Report of the Indian Hemp Drugs Commission, 1894-1895 - Volume I
Year: 1894
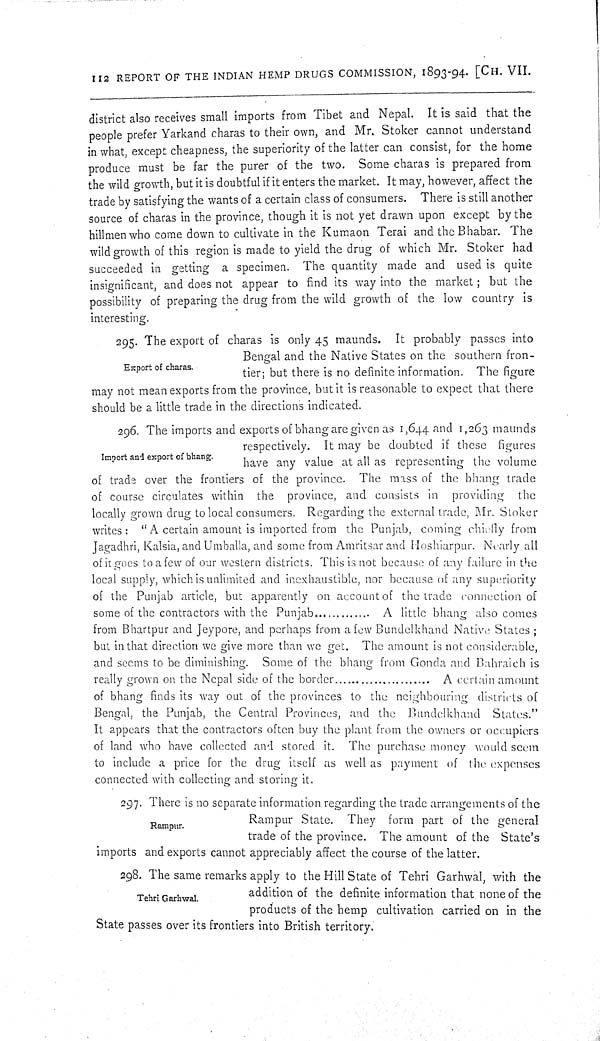
112 REPORT OF THE INDIAN HEMP DRUGS COMMISSION, 1893-94. [CH. VII.
district also receives small imports from Tibet and Nepal. It is said that the
people prefer Yarkand charas to their own, and Mr. Stoker cannot understand
in what, except cheapness, the superiority of the latter can consist, for the home
produce must be far the purer of the two. Some charas is prepared from
the wild growth, but it is doubtful if it enters the market. It may, however, affect the
trade by satisfying the wants of a certain class of consumers. There is still another
source of charas in the province, though it is not yet drawn upon except by the
hillmen who come down to cultivate in the Kumaon Terai and the Bhabar. The
wild growth of this region is made to yield the drug of which Mr. Stoker had
succeeded in getting a specimen. The quantity made and used is quite
insignificant, and does not appear to find its way into the market; but the
possibility of preparing the drug from the wild growth of the low country is
interesting.
Export of charas.
295. The export of charas is only 45 maunds. It probably passes into
Bengal and the Native States on the southern fron-
tier; but there is no definite information. The figure
may not mean exports from the province, but it is reasonable to expect that there
should be a little trade in the directions indicated.
Import and export of bhang.
296. The imports and exports of bhang are given as 1,644 and 1,263 maunds
respectively. It may be doubted if these figures
have any value at all as representing the volume
of trade over the frontiers of the province. The mass of the bhang trade
of course circulates within the province, and consists in providing the
locally grown drug to local consumers. Regarding the external trade, Mr. Stoker
writes: "A certain amount is imported from the Punjab, coming chiefly from
Jagadhri, Kalsia, and Umballa, and some from Amritsar and Hoshiarpur. Nearly all
of it goes to a few of our western districts. This is not because of any failure in the
local supply, which is unlimited and inexhaustible, nor because of any superiority
of the Punjab article, but apparently on account of the trade connection of
some of the contractors with the Punjab
A little bhang also comes
from Bhartpur and Jeypore, and perhaps from a few Bundelkhand Native States;
but in that direction we give more than we get. The amount is not considerable,
and seems to be diminishing. Some of the bhang from Gonda and Bahraich is
really grown on the Nepal side of the border
A certain amount
of bhang finds its way out of the provinces to the neighbouring districts of
Bengal, the Punjab, the Central Provinces, and the Bundelkhand States."
It appears that the contractors often buy the plant from the owners or occupiers
of land who have collected and stored it. The purchase money would seem
to include a price for the drug itself as well as payment of the expenses
connected with collecting and storing it.
Rampur.
297. There is no separate information regarding the trade arrangements of the
Rampur State. They form part of the general
trade of the province. The amount of the State's
imports and exports cannot appreciably affect the course of the latter.
Tehri Garhwal.
298. The same remarks apply to the Hill State of Tehri Garhwal, with the
addition of the definite information that none of the
products of the hemp cultivation carried on in the
State passes over its frontiers into British territory.